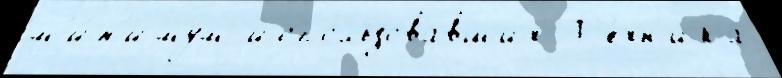
м'и́н'имум испо́льзовавших  Т'е́хн'ика